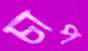
চাপ